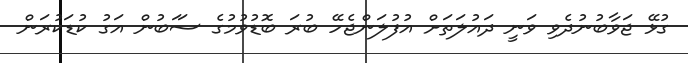
ގުޅޭ ޖަވާބުނުދެވި ވަނީ ދައުލަތަށް އުފުލަންޖެހޭ ބުރަ ބޮޑުވުމުގެ ސަަބުން އަގު ކުޑަކުރަން